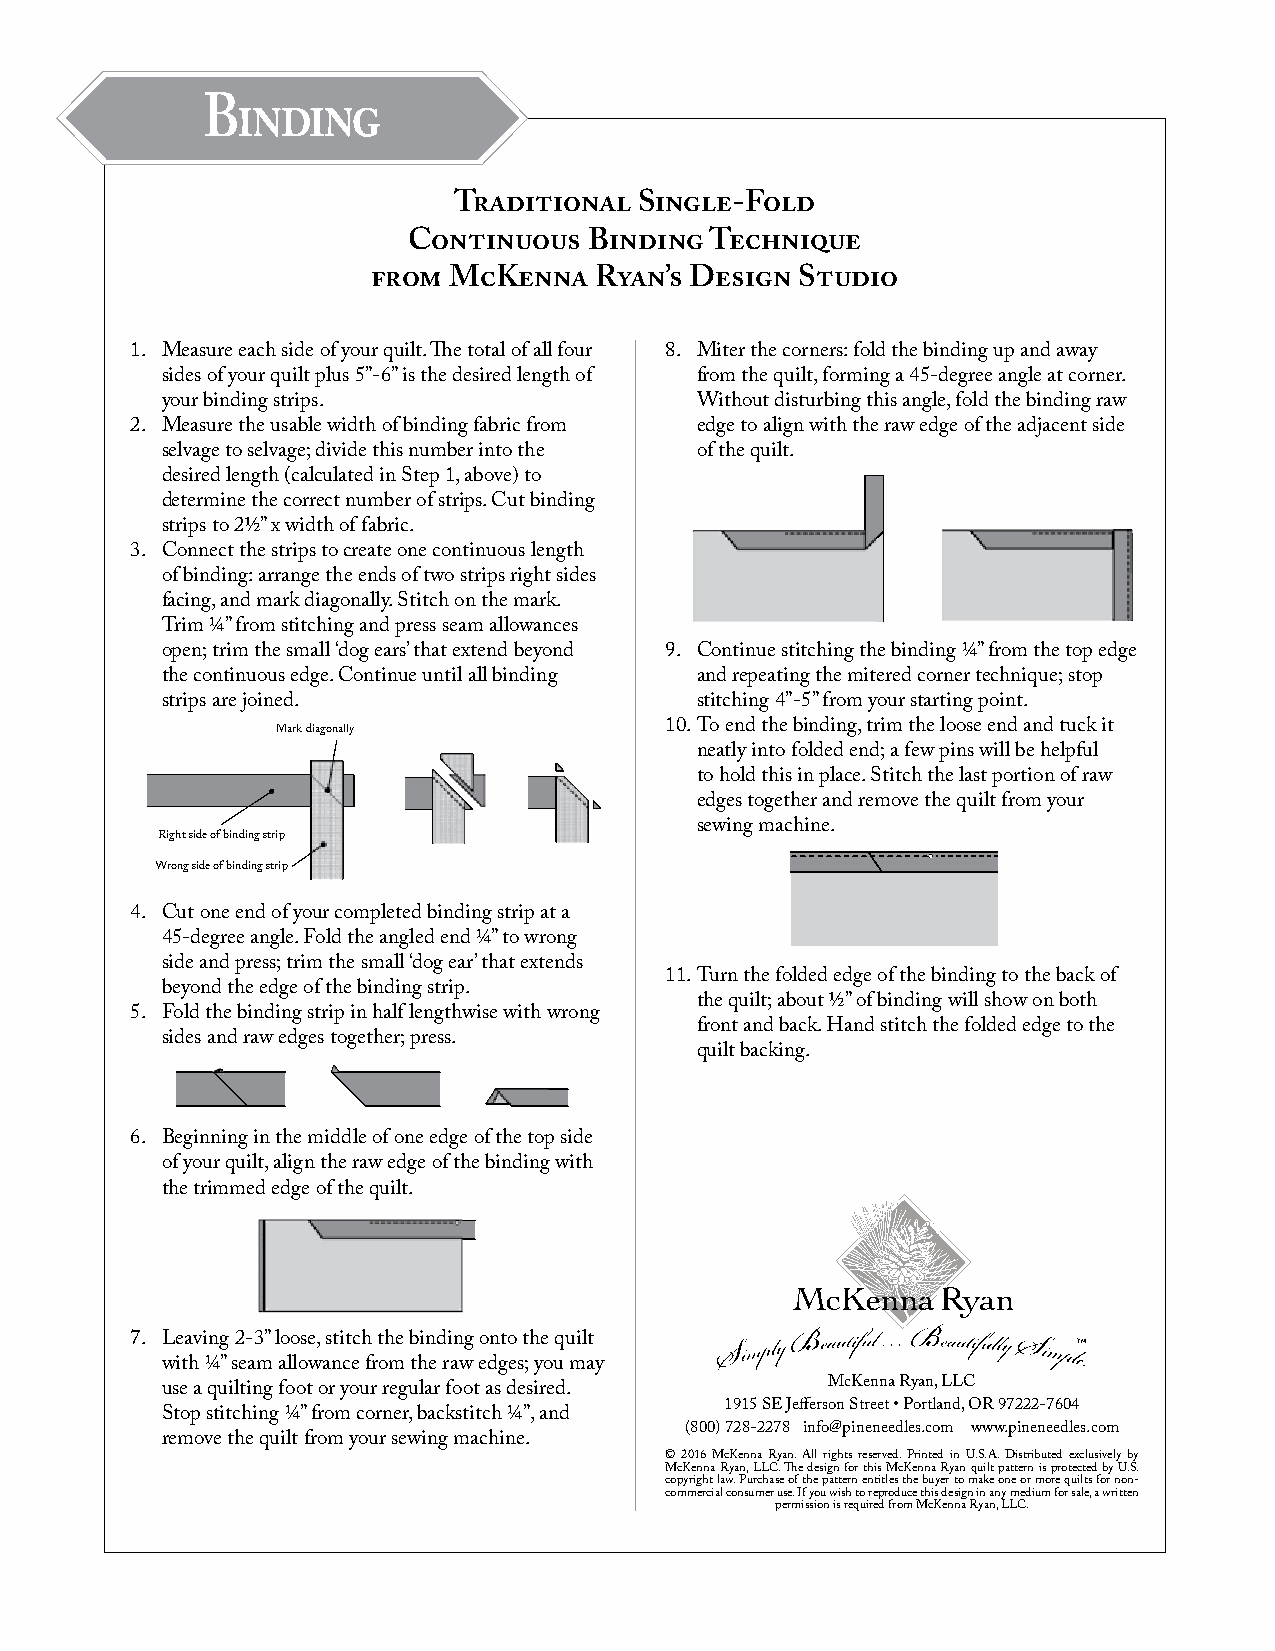
Binding
 Traditional Single-Fold
 Continuous  Binding Technique
 from McKenna  Ryan’s Design Studio
 1. Measure each side of your quilt. The total of all four 8. Miter the corners: fold the binding up and away
 sides of your quilt plus 5”-6” is the desired length of from the quilt, forming a 45-degree angle at corner.
 your binding strips.               Without disturbing this angle, fold the binding raw
 2. Measure the usable width of binding fabric from edge to align with the raw edge of the adjacent side
 selvage to selvage; divide this number into the of the quilt.
 desired length (calculated in Step 1, above) to
 determine the correct number of strips. Cut binding
 strips to 21/2” x width of fabric.
 3. Connect the strips to create one continuous length
 of binding: arrange the ends of two strips right sides
 facing, and mark diagonally. Stitch on the mark.
 Trim ¼” from stitching and press seam allowances
 open; trim the small ‘dog ears’ that extend beyond 9. Continue stitching the binding ¼” from the top edge
 the continuous edge. Continue until all binding and repeating the mitered corner technique; stop
 strips are joined.                 stitching 4”-5” from your starting point.
 Mark diagonally           10. To end the binding, trim the loose end and tuck it
 neatly into folded end; a few pins will be helpful
 to hold this in place. Stitch the last portion of raw
 edges together and remove the quilt from your
 sewing machine.
 Right side of binding strip
 Wrong side of binding strip
 4. Cut one end of your completed binding strip at a
 45-degree angle. Fold the angled end ¼” to wrong
 side and press; trim the small ‘dog ear’ that extends
 11. Turn the folded edge of the binding to the back of
 beyond the edge of the binding strip.
 the quilt; about 1/2” of binding will show on both
 5. Fold the binding strip in half lengthwise with wrong
 front and back. Hand stitch the folded edge to the
 sides and raw edges together; press.
 quilt backing.
 6. Beginning in the middle of one edge of the top side
 of your quilt, align the raw edge of the binding with
 the trimmed edge of the quilt.
 7. Leaving 2-3” loose, stitch the binding onto the quilt      TM
 with ¼” seam allowance from the raw edges; you may
 McKenna Ryan, LLC
 use a quilting foot or your regular foot as desired.
 1915 SE Jefferson Street • Portland, OR 97222-7604
 Stop stitching ¼” from corner, backstitch ¼”, and
 (800) 728-2278 info@pineneedles.com www.pineneedles.com
 remove the quilt from your sewing machine.
 © 2016 McKenna Ryan. All rights reserved. Printed in U.S.A. Distributed exclusively by
 McKenna Ryan, LLC. The design for this McKenna Ryan quilt pattern is protected by U.S.
 copyright law. Purchase of the pattern entitles the buyer to make one or more quilts for non-
 commercial consumer use. If you wish to reproduce this design in any medium for sale, a written
 permission is required from McKenna Ryan, LLC.